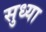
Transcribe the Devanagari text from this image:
सुध्या